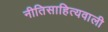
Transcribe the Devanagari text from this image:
नीतिसाहित्यवाली